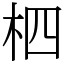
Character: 柶